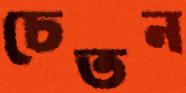
চেতন